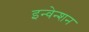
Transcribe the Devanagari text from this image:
इन्वेन्शन